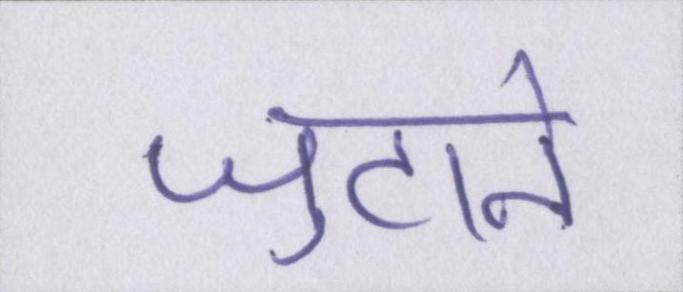
जुटाने